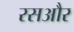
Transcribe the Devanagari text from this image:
रसऔर